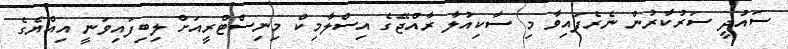
ސައުދީ ސަރުކާރުން ނެރެފައިވާ މި ސާކިއުލާ ރާއްޖޭގެ އިސްލާމިކް މިނިސްޓްރީއަށް ލިބިފައިވަނީ އިއްޔެގެ